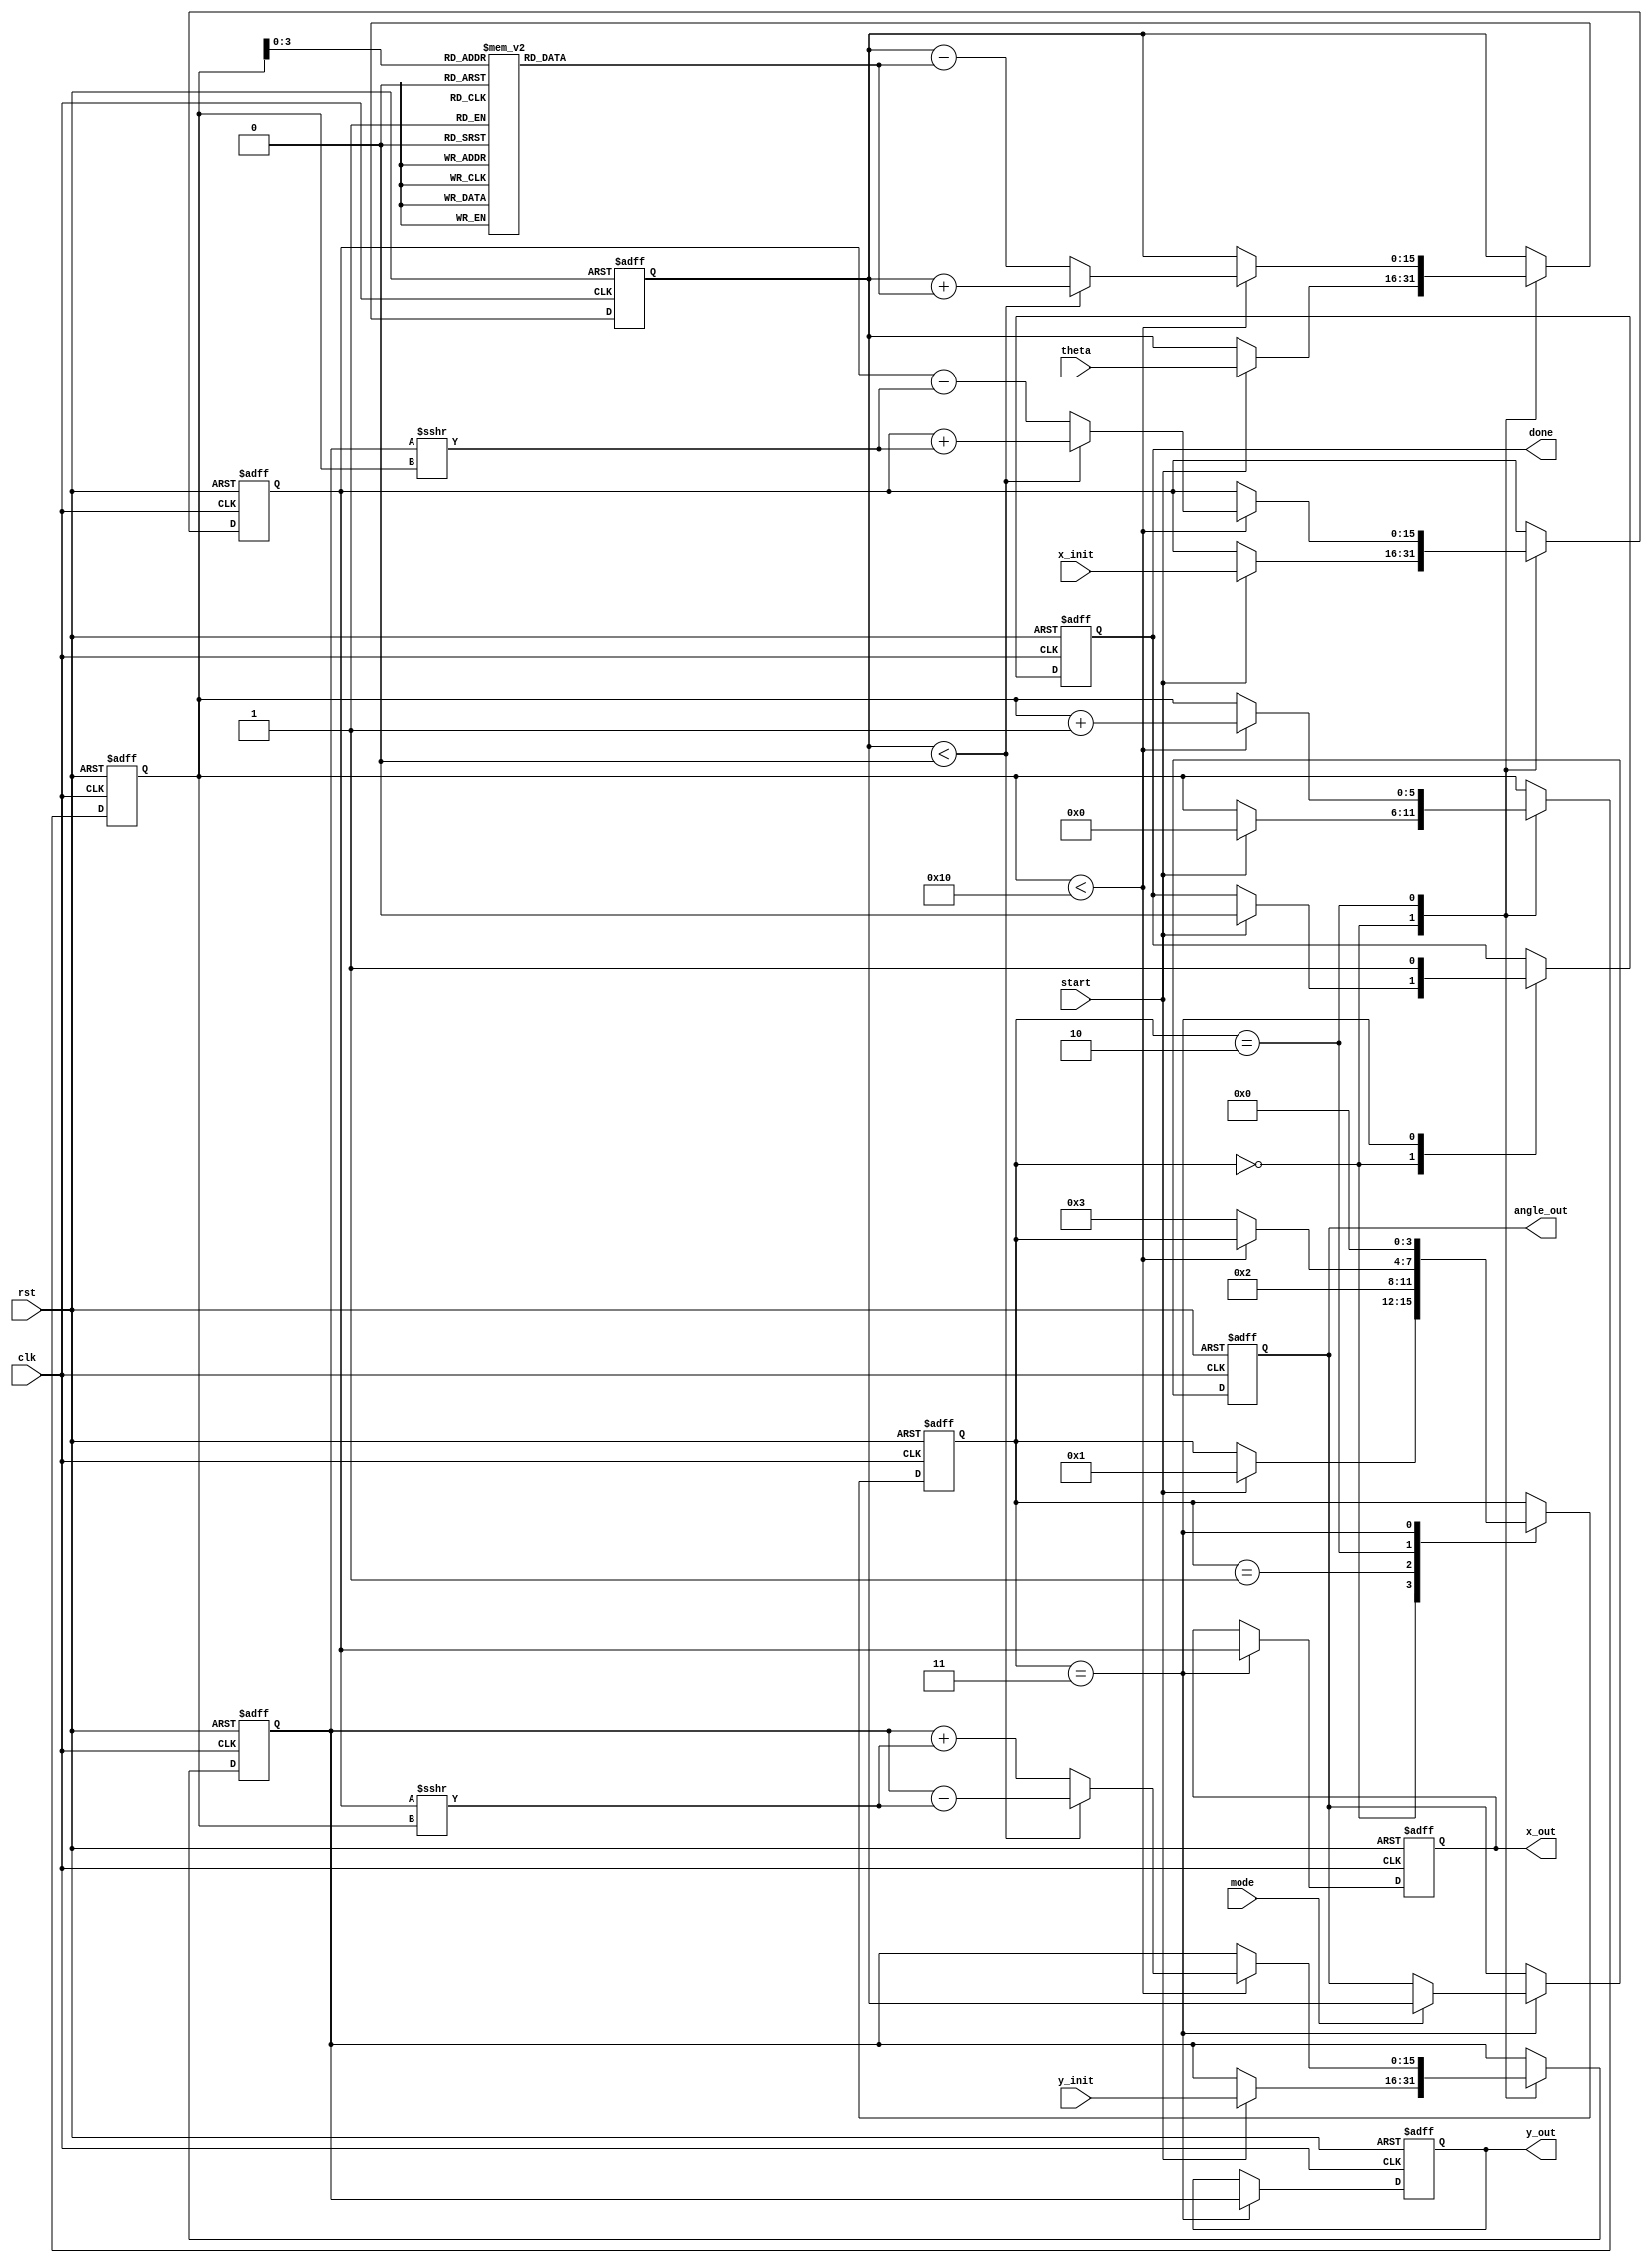
module modified_cordic #(
    parameter DATA_WIDTH = 16,
    parameter ITERATIONS = 16
) (
    input clk,
    input rst,
    input start,
    input [DATA_WIDTH-1:0] theta,  // Angle input in fixed point
    input [DATA_WIDTH-1:0] x_init,  // Initial X vector
    input [DATA_WIDTH-1:0] y_init,  // Initial Y vector
    input mode,                     // 0: Rotation, 1: Vectoring
    output reg [DATA_WIDTH-1:0] x_out, // Computed X output
    output reg [DATA_WIDTH-1:0] y_out, // Computed Y output
    output reg [DATA_WIDTH-1:0] angle_out, // Computed angle output (Vectoring mode)
    output reg done
);

    reg [DATA_WIDTH-1:0] x, y, z;   // CORDIC variables
    reg [DATA_WIDTH-1:0] z_theta;    // Adjusted angle for rotation
    reg [5:0] k;                     // Counter for iterations
    reg [3:0] state;                 // FSM state variable

    // Lookup table for arctan values (for the first 16 iterations)
    reg [DATA_WIDTH-1:0] atan_lut [0:ITERATIONS-1];
    initial begin
        // Pre-computed arctangent values for CORDIC
        // These values need to be populated based on your angle resolution.
        atan_lut[0] = 16'h3243; // atan(2^0)
        atan_lut[1] = 16'h1DAC; // atan(2^-1)
        atan_lut[2] = 16'h12E4; // atan(2^-2)
        atan_lut[3] = 16'h09FB; // atan(2^-3)
        // Continue populating for more iterations...
    end

    localparam IDLE = 0, INIT = 1, ITERATE = 2, DONE = 3;

    always @(posedge clk or posedge rst) begin
        if (rst) begin
            x <= 0;
            y <= 0;
            z <= 0;
            k <= 0;
            state <= IDLE;
            done <= 0;
            x_out <= 0;
            y_out <= 0;
            angle_out <= 0;
        end else begin
            case (state)
                IDLE: begin
                    if (start) begin
                        x <= x_init;
                        y <= y_init;
                        z <= theta;
                        k <= 0;
                        done <= 0;
                        state <= INIT;
                    end
                end
                INIT: begin
                    if (mode == 0) // Rotation Mode
                        z_theta <= -1 * z; // Pre-adjust for rotation
                    else // Vectoring Mode
                        z_theta <= z; // Directly use z angle
                    state <= ITERATE;
                end
                ITERATE: begin
                    if (k < ITERATIONS) begin
                        if (z < 0) begin
                            x <= x + (y >>> k);
                            y <= y - (x >>> k);
                            z <= z + atan_lut[k]; // Apply arctan
                        end else begin
                            x <= x - (y >>> k);
                            y <= y + (x >>> k);
                            z <= z - atan_lut[k]; // Apply arctan
                        end
                        k <= k + 1;
                    end else begin
                        state <= DONE;
                    end
                end
                DONE: begin
                    x_out <= x; // Final computed X
                    y_out <= y; // Final computed Y
                    if (mode == 1) // If vectoring, output the angle also
                        angle_out <= z;
                    done <= 1; // Indicate completion
                    state <= IDLE; // Go back to idle
                end
            endcase
        end
    end
endmodule